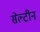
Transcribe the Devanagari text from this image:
सेल्टीन